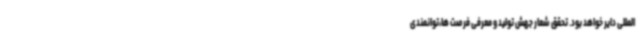
المللی دایر خواهد بود. تحقق شعار جهش تولید و معرفی فرصت ها،توانمندی